kultuurilooline_kollektsioon, lk 12
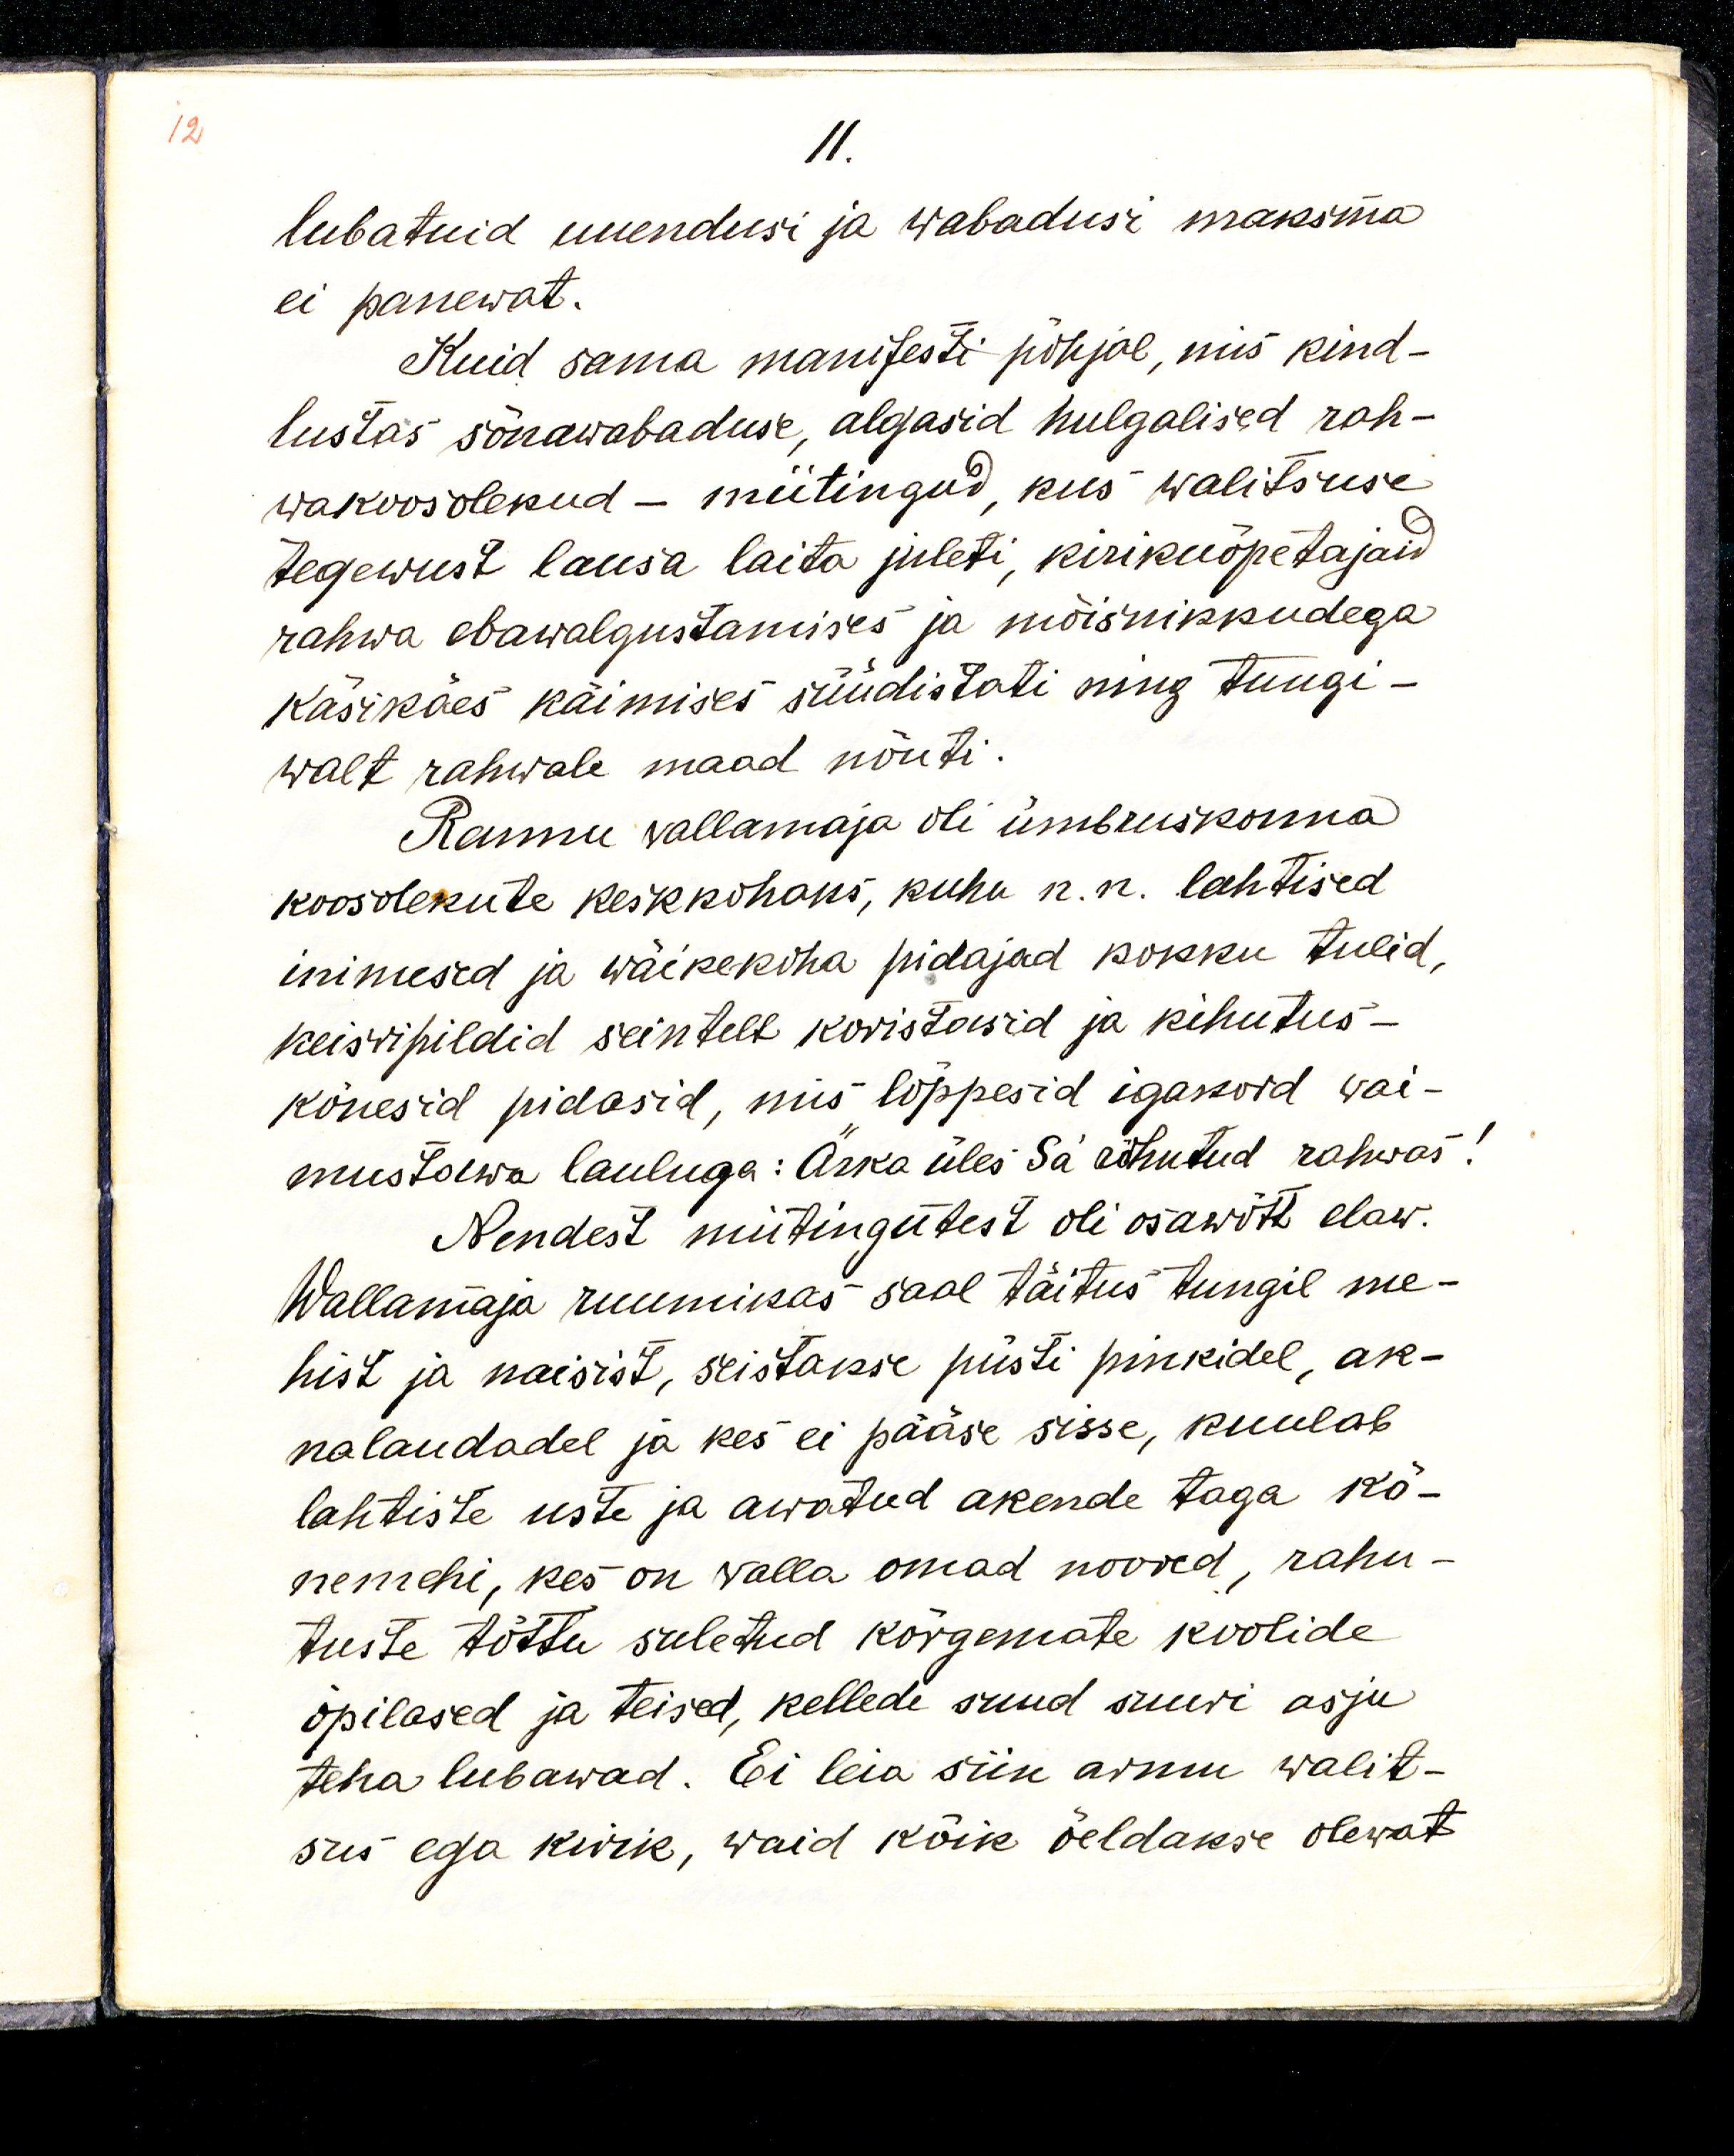
11.
lubatud uuendusi ja wabadusi maksma 
ei panewat.
Kuid sama manifesti põhjal, mis kind-
lustas sõnawabaduse, algasid hulgalised rah-
wakoosolekud - miitingud, kus walitsuse
tegewust lausa laita juleti, kirikuõpetajaid 
rahwa ebawalgustamises ja mõisnikkudega
käsikäes käimises süüdistati ning tungi-
walt rahwale maad nõuti
Rannu wallamaja oli ümbruskonna
koosolekute keskkohaks, kuhu n.n. lahtised
inimesed ja wäikekoha pidajad kokku tulid, 
keisripildid seintelt koristasid ja kihutus-
kõnesid pidasid, mis lõppesid igakord wai-
mustawa lauluga: Ärka üles Sa rõhutud rahwas!
Nendest miitingutest oli osawõtt elaw.
Wallamaja ruumikas saal täitus tungil me-
hist ja naisist, seistakse püsti pinkidel, ak-
nalaudadel ja kes ei pääse sisse, kuulab
lahtiste uste ja awatud akende taga. Kõ-
nemehi, kes on walla omad noored, rahu-
tuste tõttu suletud kõrgemate koolide
õpilased ja teised, kellede suud suuri asju
teha lubawad. Ei leia siin armu walit-
sus ega kirik, waid kõik öeldakse olewat